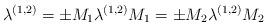
LaTeX: \begin{align*}\lambda^{(1,2)} = \pm M_1 \lambda^{(1,2)} M_1 = \pm M_2 \lambda^{(1,2)} M_2 \;\end{align*}